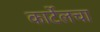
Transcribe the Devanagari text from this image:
कार्टेलचा